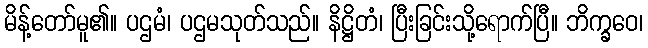
မိန့်တော်မူ၏။ ပဌမံ၊ ပဌမသုတ်သည်။ နိဋ္ဌိတံ၊ ပြီးခြင်းသို့ရောက်ပြီ။ ဘိက္ခဝေ၊